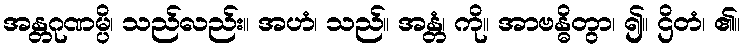
အန္တဂုဏမ္ပိ၊ သည်လည်း။ အဟံ၊ သည်။ အန္တံ၊ ကို။ အာဗန္ဓိတွာ၊ ၍။ ဌိတံ၊ ၏။